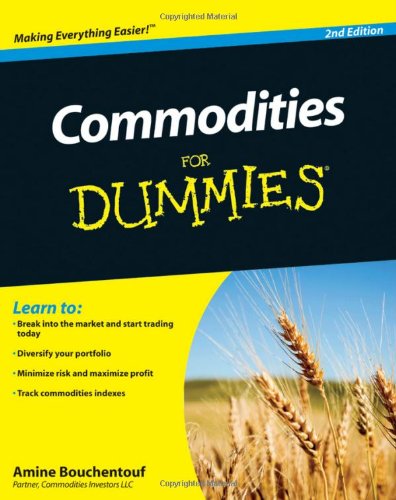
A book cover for Commodities For Dummies; Amine Bouchentouf; Business & Money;